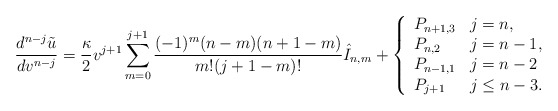
\begin{align*} \frac{d^{n-j}\tilde{u}}{dv^{n-j}}=\frac{\kappa}{2}v^{j+1}\sum_{m=0}^{j+1}\frac{(-1)^m(n-m)(n+1-m)}{m!(j+1-m)!}\hat{I}_{n,m}+\left\{ \begin{array}{ll} P_{n+1,3} & j=n,\\ P_{n,2} & j=n-1,\\ P_{n-1,1} & j=n-2\\ P_{j+1} & j\leq n-3. \end{array}\right.\end{align*}